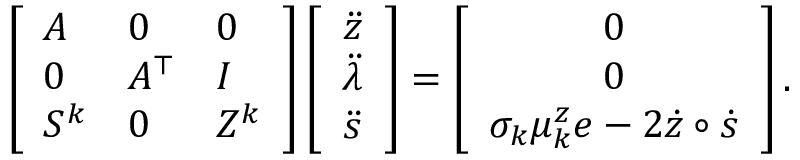
\left[ \begin{array} { l l l } { A } & { 0 } & { 0 } \\ { 0 } & { A ^ { \top } } & { I } \\ { S ^ { k } } & { 0 } & { Z ^ { k } } \end{array} \right] \left[ \begin{array} { c } { \ddot { z } } \\ { \ddot { \lambda } } \\ { \ddot { s } } \end{array} \right] = \left[ \begin{array} { c } { 0 } \\ { 0 } \\ { \sigma _ { k } \mu _ { k } ^ { z } e - 2 \dot { z } \circ \dot { s } } \end{array} \right] .